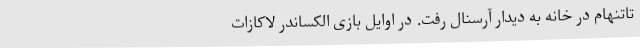
تاتنهام در خانه به دیدار آرسنال رفت. در اوایل بازی الکساندر لاکازات